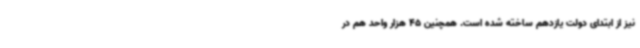
نیز از ابتدای دولت یازدهم ساخته شده است. همچنین 45 هزار واحد هم در